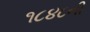
૧૮૪૮ની